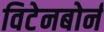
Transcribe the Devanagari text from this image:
विटेनबोर्न